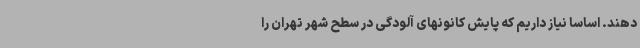
دهند. اساسا نیاز داریم که پایش کانونهای آلودگی در سطح شهر تهران را